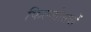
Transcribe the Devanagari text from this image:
फिल्मोत्सवों